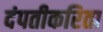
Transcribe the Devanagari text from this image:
दंपतीकरिता